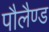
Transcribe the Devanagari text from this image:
पौलैण्ड